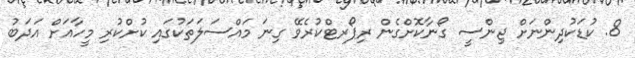
8. ކުޑަކުދިންނަށް ޖިންސީ ގޯނާކޮށްގެން ރިޕޯރޓްކުރެވޭ ގިނަ މައްސަލަތަކުގައި ކުށްކުރި މީހާއަށް އަދަބު